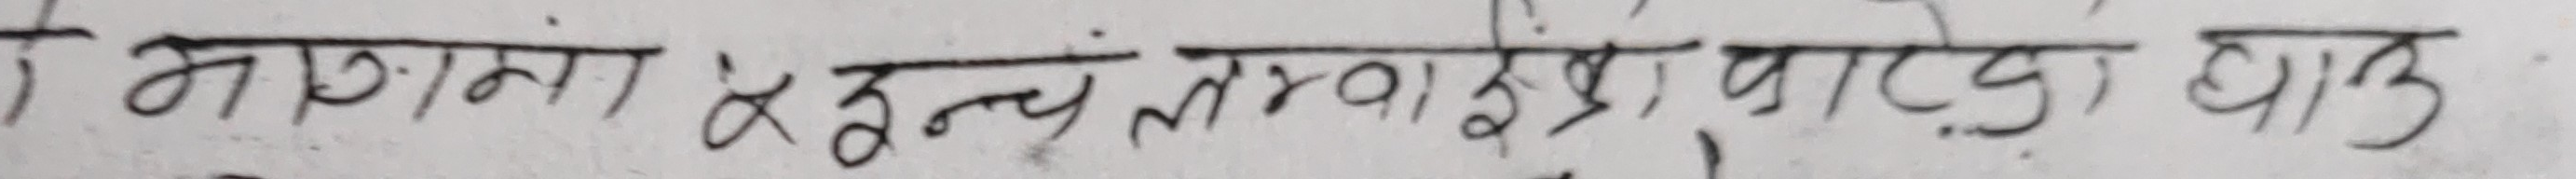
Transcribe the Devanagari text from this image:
मात्रामा र इन्च लम्बाई, वार्ज बावु